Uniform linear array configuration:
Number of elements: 12
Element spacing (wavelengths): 1
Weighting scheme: kaiser
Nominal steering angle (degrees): -45
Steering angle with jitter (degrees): -44.475
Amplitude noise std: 0.05
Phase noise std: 0.05

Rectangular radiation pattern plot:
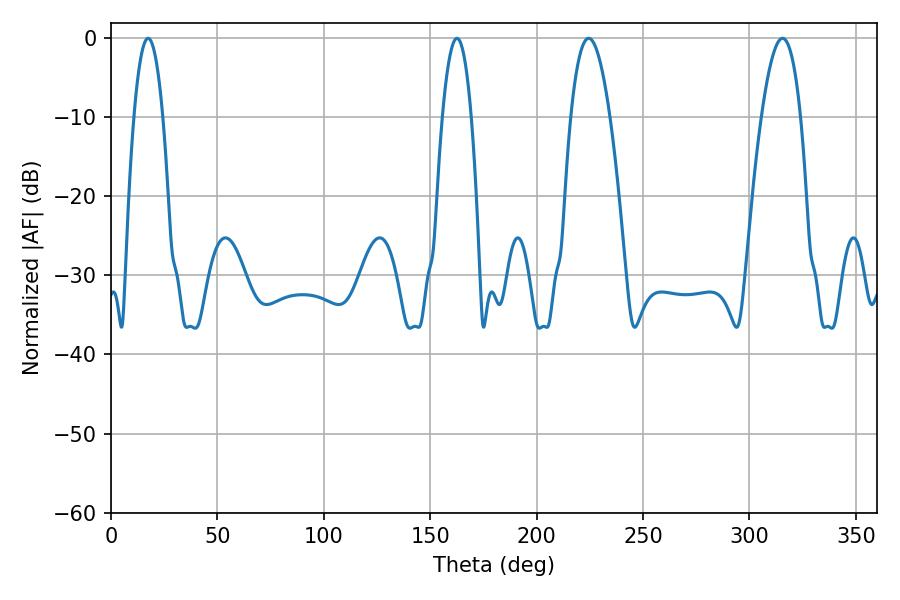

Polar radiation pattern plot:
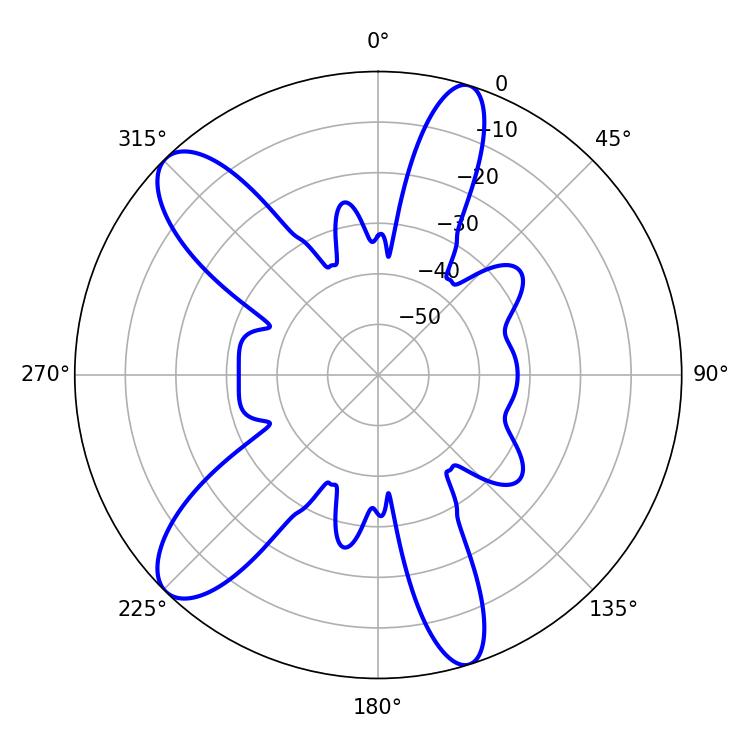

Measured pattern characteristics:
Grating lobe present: TRUE
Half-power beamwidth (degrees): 10.08
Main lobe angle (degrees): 224.46